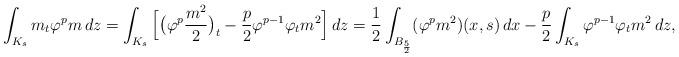
LaTeX: \begin{align*} \int_{K_s} m_t \varphi^p m\, dz =\int_{K_s} \Big[\big(\varphi^p \frac{m^2}{2}\big)_t - \frac{p}{2} \varphi^{p-1} \varphi_t m^2\Big]\, dz=\frac12 \int_{B_\frac52} (\varphi^p m^2)(x,s)\, dx - \frac{p}{2}\int_{K_s} \varphi^{p-1}\varphi_t m^2\, dz, \end{align*}